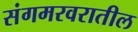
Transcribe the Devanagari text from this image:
संगमरवरातील